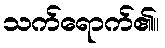
သက်ရောက်၏။